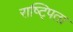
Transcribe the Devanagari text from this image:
राष्ट्पिता